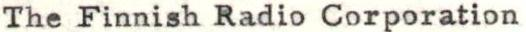
The Finnish Radio Corporation